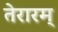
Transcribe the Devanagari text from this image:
तेरारम्‌